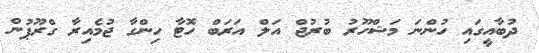
ދުބާއީގައި ހުންނަ މަޝްހޫރު ބުރުޖް އަލް އަރަބް ހޮޓާ ހިންގާ ޖުމެއިރާ ގްރޫޕުން